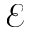
\mathcal { E }